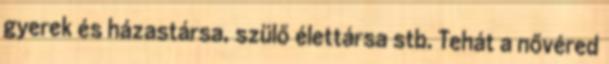
gyerek és házastársa, szülő élettársa stb. Tehát a nővéred